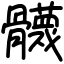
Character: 䯦